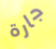
جارة